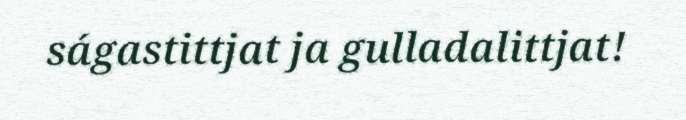
ságastittjat ja gulladalittjat!